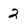
Character: 2